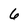
Character: 6